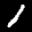
Label: 1